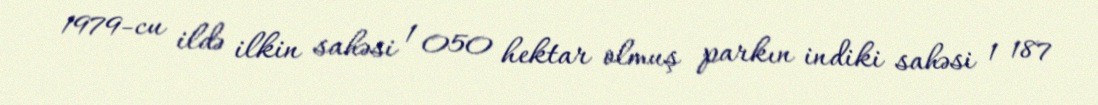
1979-cu ildə ilkin sahəsi 1 050 hektar olmuş parkın indiki sahəsi 1 187